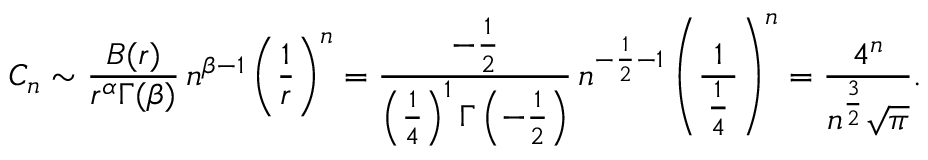
C _ { n } \sim { \frac { B ( r ) } { r ^ { \alpha } \Gamma ( \beta ) } } \, n ^ { \beta - 1 } \left( { \frac { 1 } { r } } \right) ^ { n } = { \frac { - { \frac { 1 } { 2 } } } { \left( { \frac { 1 } { 4 } } \right) ^ { 1 } \Gamma \left( - { \frac { 1 } { 2 } } \right) } } \, n ^ { - { \frac { 1 } { 2 } } - 1 } \left( { \frac { 1 } { \, { \frac { 1 } { 4 } } \, } } \right) ^ { n } = { \frac { 4 ^ { n } } { n ^ { \frac { 3 } { 2 } } { \sqrt { \pi } } } } .